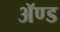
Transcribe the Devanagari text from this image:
ॲण्‍ड